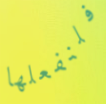
فلنفعلها